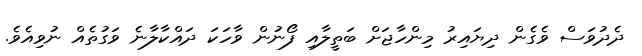
ދެދުވަސް ވެގެން ދިޔައިރު މިންހާޖަށް ބަތީލާއި ފޯނުން ވާހަކަ ދައްކާލާނެ ވަގުތެއް ނުވިއެވެ.